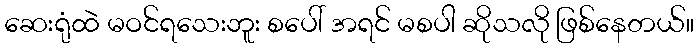
ဆေးရုံထဲ မဝင်ရသေးဘူး စပေါ် အရင် မစပါ ဆိုသလို ဖြစ်နေတယ်။